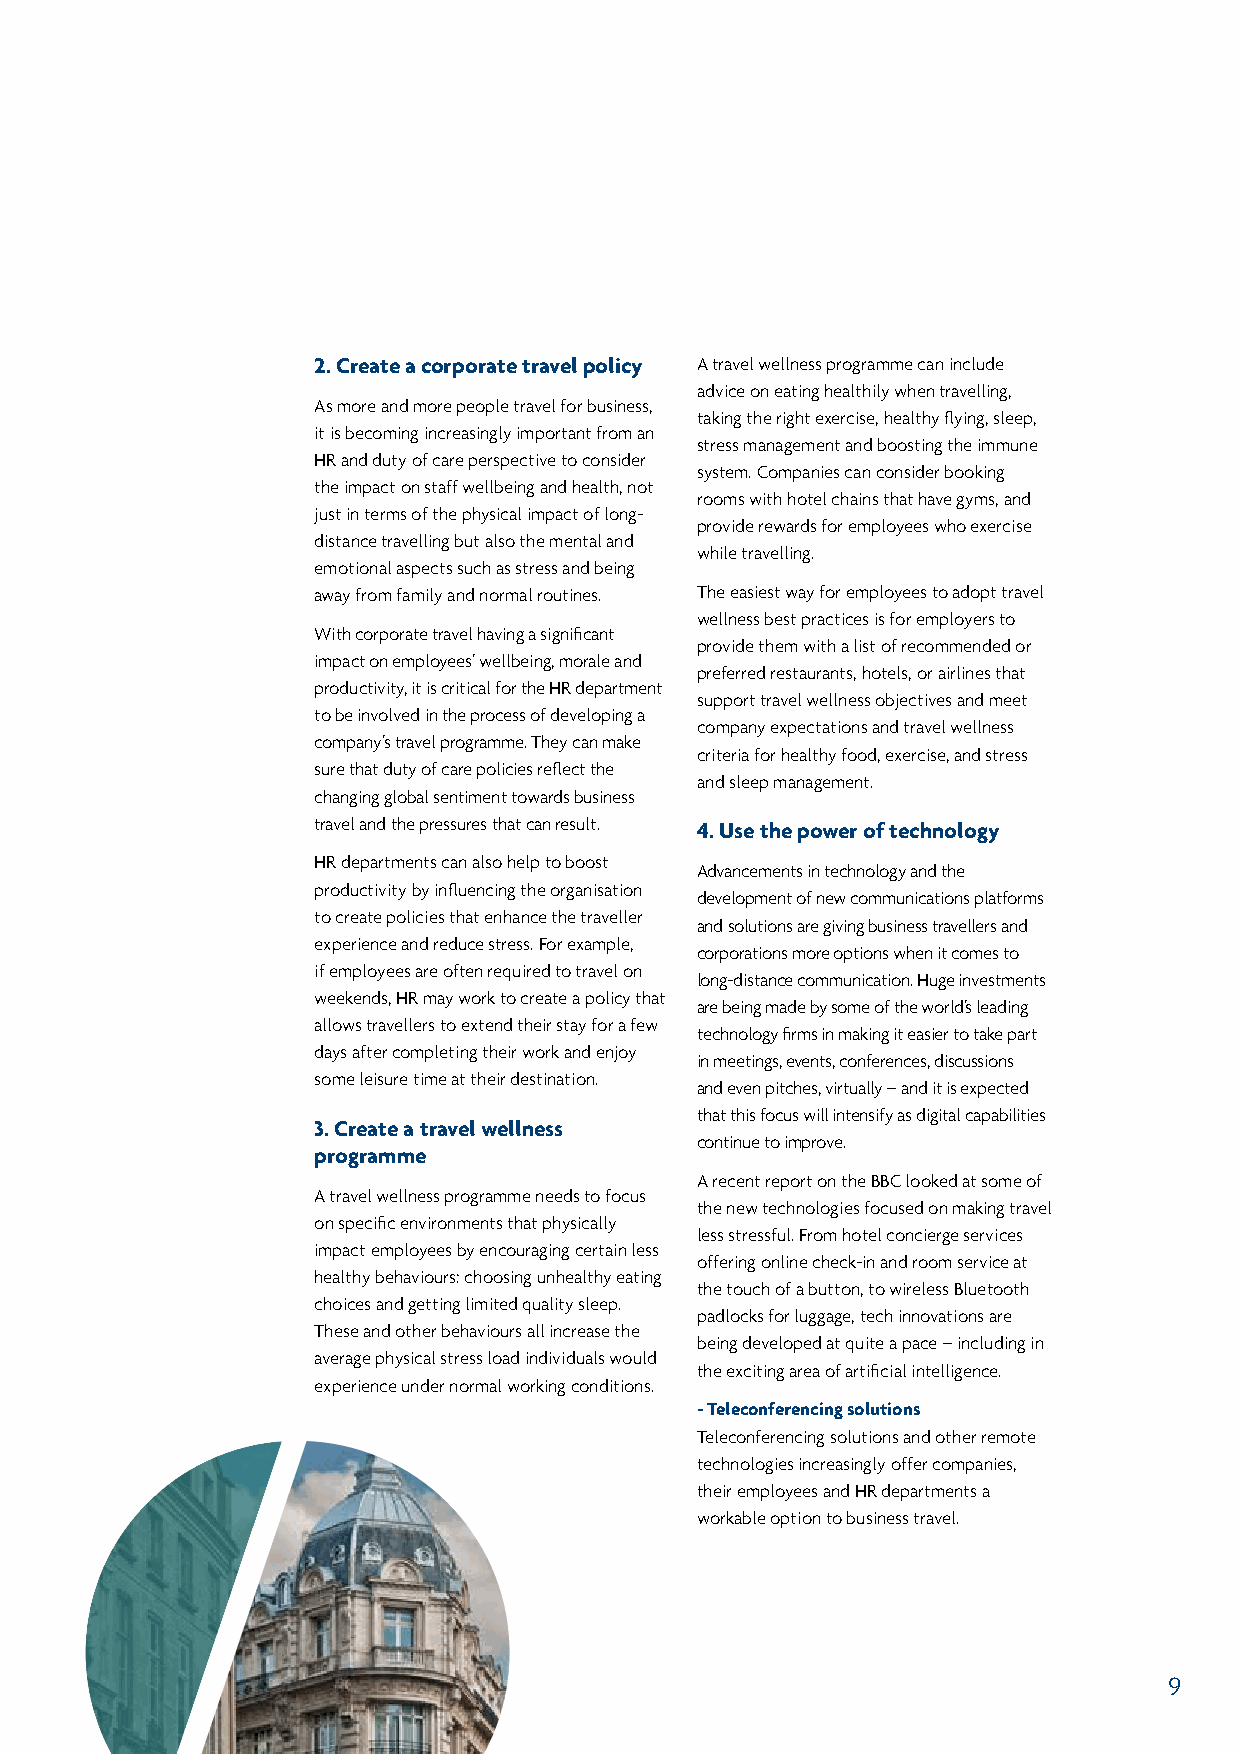
2. Create a corporate travel policy A travel wellness programme can include
 advice on eating healthily when travelling,
 As more and more people travel for business,
 taking the right exercise, healthy flying, sleep,
 it is becoming increasingly important from an
 stress management and boosting the immune
 HR and duty of care perspective to consider
 system. Companies can consider booking
 the impact on staff wellbeing and health, not
 rooms with hotel chains that have gyms, and
 just in terms of the physical impact of long-
 provide rewards for employees who exercise
 distance travelling but also the mental and
 while travelling.
 emotional aspects such as stress and being
 away from family and normal routines. The easiest way for employees to adopt travel
 wellness best practices is for employers to
 With corporate travel having a significant
 provide them with a list of recommended or
 impact on employees’ wellbeing, morale and
 preferred restaurants, hotels, or airlines that
 productivity, it is critical for the HR department
 support travel wellness objectives and meet
 to be involved in the process of developing a
 company expectations and travel wellness
 company’s travel programme. They can make
 criteria for healthy food, exercise, and stress
 sure that duty of care policies reflect the
 and sleep management.
 changing global sentiment towards business
 travel and the pressures that can result. 4. Use the power of technology
 HR departments can also help to boost
 Advancements in technology and the
 productivity by influencing the organisation
 development of new communications platforms
 to create policies that enhance the traveller
 and solutions are giving business travellers and
 experience and reduce stress. For example,
 corporations more options when it comes to
 if employees are often required to travel on
 long-distance communication. Huge investments
 weekends, HR may work to create a policy that
 are being made by some of the world’s leading
 allows travellers to extend their stay for a few
 technology firms in making it easier to take part
 days after completing their work and enjoy
 in meetings, events, conferences, discussions
 some leisure time at their destination.
 and even pitches, virtually – and it is expected
 that this focus will intensify as digital capabilities
 3. Create a travel wellness
 continue to improve.
 programme
 A recent report on the BBC looked at some of
 A travel wellness programme needs to focus
 the new technologies focused on making travel
 on specific environments that physically
 less stressful. From hotel concierge services
 impact employees by encouraging certain less
 offering online check-in and room service at
 healthy behaviours: choosing unhealthy eating
 the touch of a button, to wireless Bluetooth
 choices and getting limited quality sleep.
 padlocks for luggage, tech innovations are
 These and other behaviours all increase the
 being developed at quite a pace – including in
 average physical stress load individuals would
 the exciting area of artificial intelligence.
 experience under normal working conditions.
 - Teleconferencing solutions
 Teleconferencing solutions and other remote
 technologies increasingly offer companies,
 their employees and HR departments a
 workable option to business travel.
 9